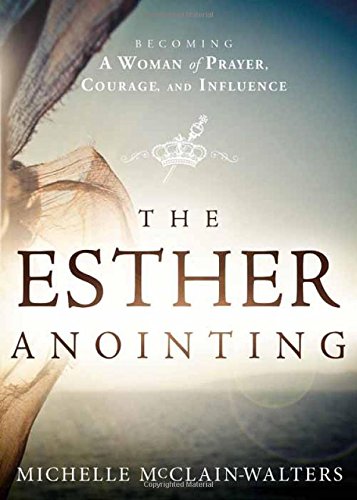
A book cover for The Esther Anointing: Becoming a Woman of Prayer, Courage, and Influence; Michelle McClain-Walters; Christian Books & Bibles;